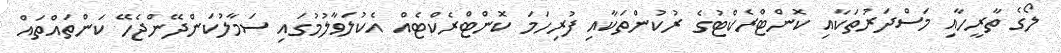
ލޯގެ ތާރީހާއި މަސްދަރުތަކާއި ކޮންޓްރެކްޓުގެ ރުކުންތަކާއި ފުރިހަމަ ކޮންޓްރެކްޓެއް އެކުލަވާލުމުގައި ސަމާލުކަންދޭންޖެހޭ ކަންތައްތައް